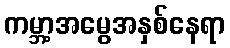
ကမ္ဘာ့အမွေအနှစ်နေရာ